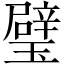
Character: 璧